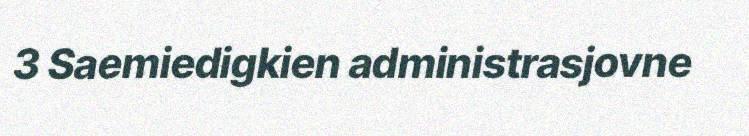
3 Saemiedigkien administrasjovne